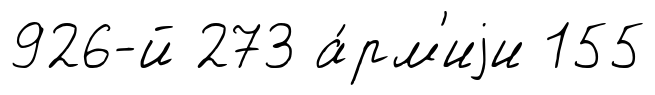
926-й 273 а́рм'иjи 155